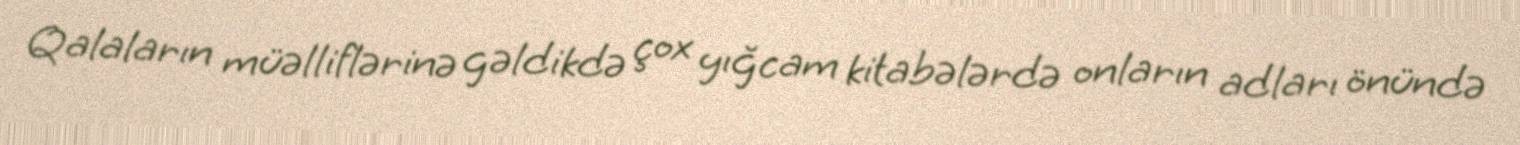
Qalaların müəlliflərinə gəldikdə çox yığcam kitabələrdə onların adları önündə